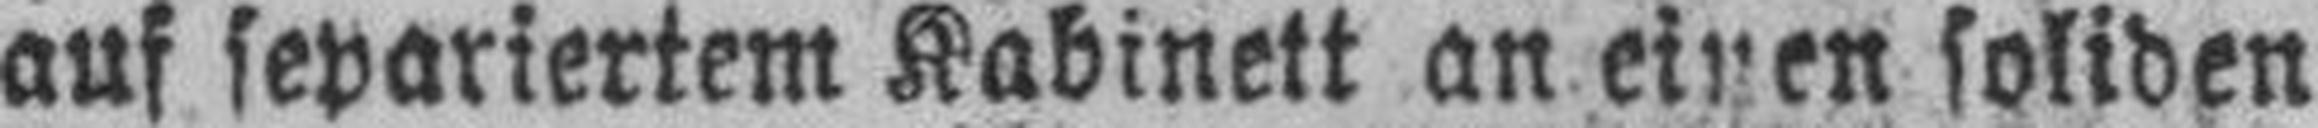
auf separiertem Kabinett an einen soliden